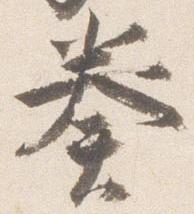
奏